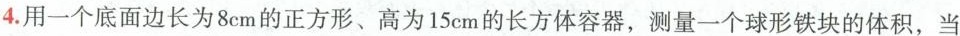
4.用一个底面边长为8cm的正方形、高为15cm的长方体容器，测量一个球形铁块的体积，当